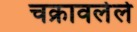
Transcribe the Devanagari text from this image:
चक्रावलेले